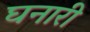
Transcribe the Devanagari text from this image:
घनारी